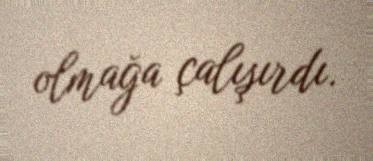
olmağa çalışırdı.